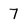
Character: 7